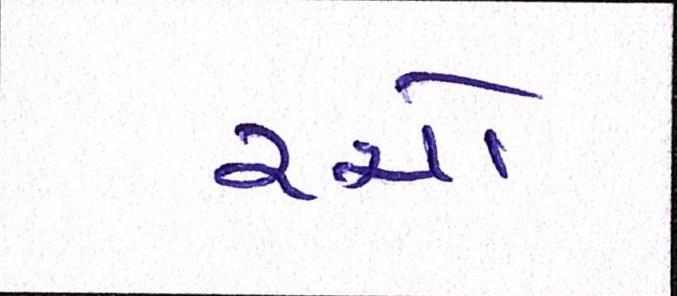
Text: રચો